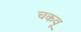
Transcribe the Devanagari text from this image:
चकवू